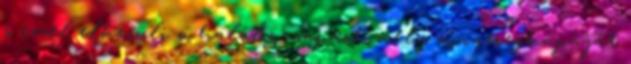
s ezzel elkerüli a halálos csapást, mely a nyeregkápáját